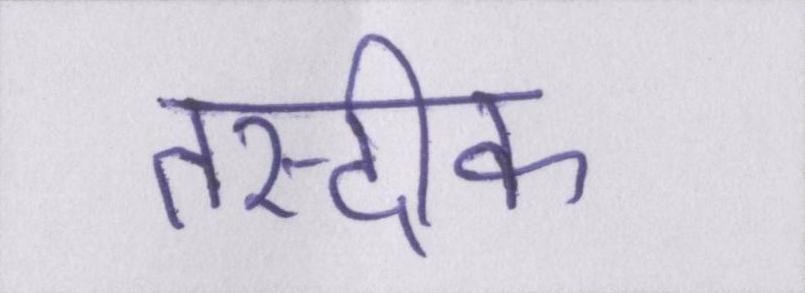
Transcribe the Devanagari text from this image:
तस्दीक